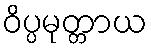
ဝိပ္ပမုတ္တာယ